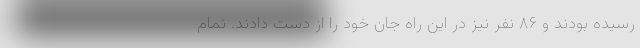
رسیده بودند و ۸۶ نفر نیز در این راه جان خود را از دست دادند. تمام